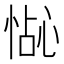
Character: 𪬍